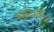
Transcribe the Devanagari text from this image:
अर्द्धवार्षिक